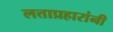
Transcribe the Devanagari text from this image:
लत्ताप्रहारांनी